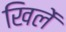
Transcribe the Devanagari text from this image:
खिलें